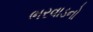
ભરવાડનો